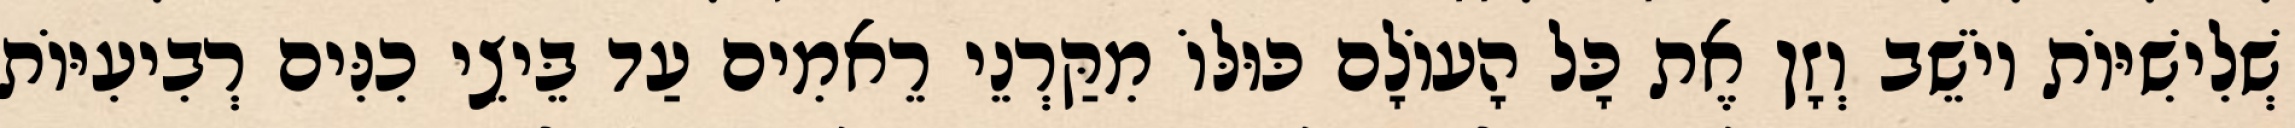
שְׁלִישִׁיּוֹת יוֹשֵׁב וְזָן אֶת כָּל הָעוֹלָם כּוּלּוֹ מִקַּרְנֵי רֵאמִים עַד בֵּיצֵי כִנִּים רְבִיעִיּוֹת